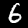
Digit: 6